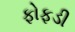
ફોફડી